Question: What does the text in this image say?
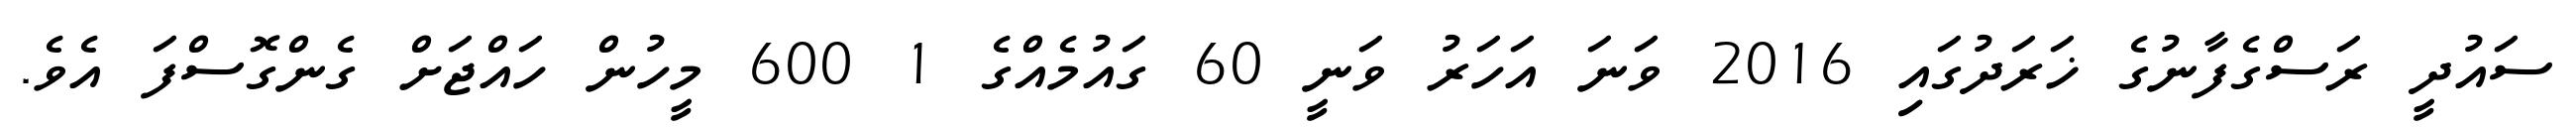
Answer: ސައުދީ ރަސްގެފާނުގެ ޚަރަދުގައި 2016 ވަނަ އަހަރު ވަނީ 60 ގައުމެއްގެ 1 600 މީހުން ހައްޖަށް ގެންގޮސްފަ އެވެ.